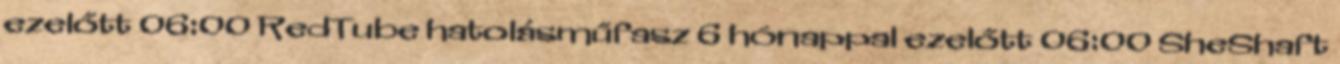
ezelőtt 06:00 RedTube hatolásműfasz 6 hónappal ezelőtt 06:00 SheShaft